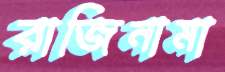
রাজিনামা